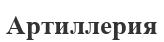
Артиллерия